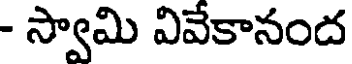
- స్వామి వివేకానంద